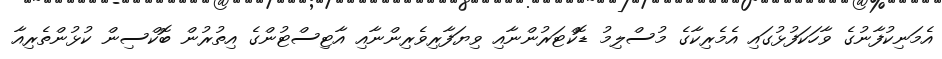
އެމަނިކުފާނުގެ ވާހަކަފުޅުގައި އެމެރިކާގެ މުސްލިމު ޑޮކްޓަރުންނާއި ވިޔަފާރިވެރިންނާއި އާޓިސްޓުންގެ އިތުރުން ބޮކްސިން ކުޅުންތެރިއާ